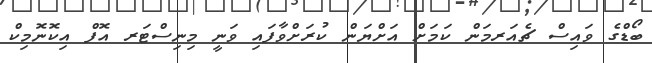
ބޯޑްގެ ވައިސް ޗެއަރމަން ކަމަށް އަށްޔަން ކުރަށްވާފައި ވަނީ މިނިސްޓަރ އޮފް އިކޮނޮމިކް